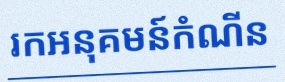
រកអនុគមន៍កំណើន